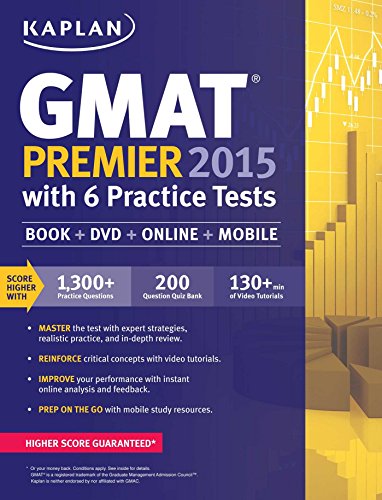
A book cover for Kaplan GMAT Premier 2015 with 6 Practice Tests: Book + DVD + Online + Mobile (Kaplan Test Prep); Kaplan; Test Preparation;